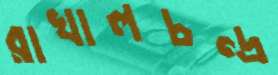
রাখালচন্দ্র